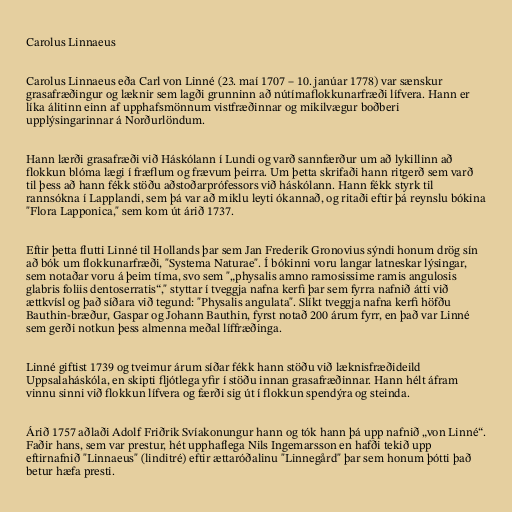
Carolus Linnaeus

Carolus Linnaeus eða Carl von Linné (23. maí 1707 – 10. janúar 1778) var sænskur
grasafræðingur og læknir sem lagði grunninn að nútímaflokkunarfræði lífvera. Hann er
líka álitinn einn af upphafsmönnum vistfræðinnar og mikilvægur boðberi
upplýsingarinnar á Norðurlöndum.

Hann lærði grasafræði við Háskólann í Lundi og varð sannfærður um að lykillinn að
flokkun blóma lægi í fræflum og frævum þeirra. Um þetta skrifaði hann ritgerð sem varð
til þess að hann fékk stöðu aðstoðarprófessors við háskólann. Hann fékk styrk til
rannsókna í Lapplandi, sem þá var að miklu leyti ókannað, og ritaði eftir þá reynslu bókina
"Flora Lapponica," sem kom út árið 1737.

Eftir þetta flutti Linné til Hollands þar sem Jan Frederik Gronovius sýndi honum drög sín
að bók um flokkunarfræði, "Systema Naturae". Í bókinni voru langar latneskar lýsingar,
sem notaðar voru á þeim tíma, svo sem "„physalis amno ramosissime ramis angulosis
glabris foliis dentoserratis“," styttar í tveggja nafna kerfi þar sem fyrra nafnið átti við
ættkvísl og það síðara við tegund: "Physalis angulata". Slíkt tveggja nafna kerfi höfðu
Bauthin-bræður, Gaspar og Johann Bauthin, fyrst notað 200 árum fyrr, en það var Linné
sem gerði notkun þess almenna meðal líffræðinga.

Linné giftist 1739 og tveimur árum síðar fékk hann stöðu við læknisfræðideild
Uppsalaháskóla, en skipti fljótlega yfir í stöðu innan grasafræðinnar. Hann hélt áfram
vinnu sinni við flokkun lífvera og færði sig út í flokkun spendýra og steinda.

Árið 1757 aðlaði Adolf Friðrik Svíakonungur hann og tók hann þá upp nafnið „von Linné“.
Faðir hans, sem var prestur, hét upphaflega Nils Ingemarsson en hafði tekið upp
eftirnafnið "Linnaeus" (linditré) eftir ættaróðalinu "Linnegård" þar sem honum þótti það
betur hæfa presti.